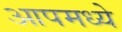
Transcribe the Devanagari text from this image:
आपमध्ये